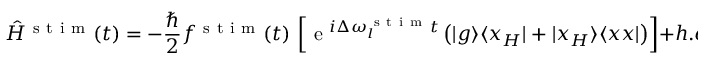
\hat { H } ^ { \mathrm { ~ s ~ t ~ i ~ m ~ } } ( t ) = - \frac { \hbar } { 2 } f ^ { \mathrm { ~ s ~ t ~ i ~ m ~ } } ( t ) \, \left[ \mathrm { ~ e ~ } ^ { i \Delta \omega _ { l } ^ { \mathrm { ~ s ~ t ~ i ~ m ~ } } t } \left( \vert g \rangle \langle x _ { H } \vert + \vert x _ { H } \rangle \langle x x \vert \right) \right] + h . c . .